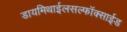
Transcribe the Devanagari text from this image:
डायमिथाईलसल्फॉक्साईड